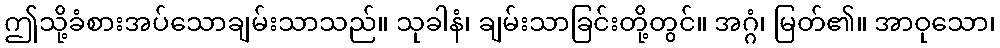
ဤသို့ခံစားအပ်သောချမ်းသာသည်။ သုခါနံ၊ ချမ်းသာခြင်းတို့တွင်။ အဂ္ဂံ၊ မြတ်၏။ အာဝုသော၊